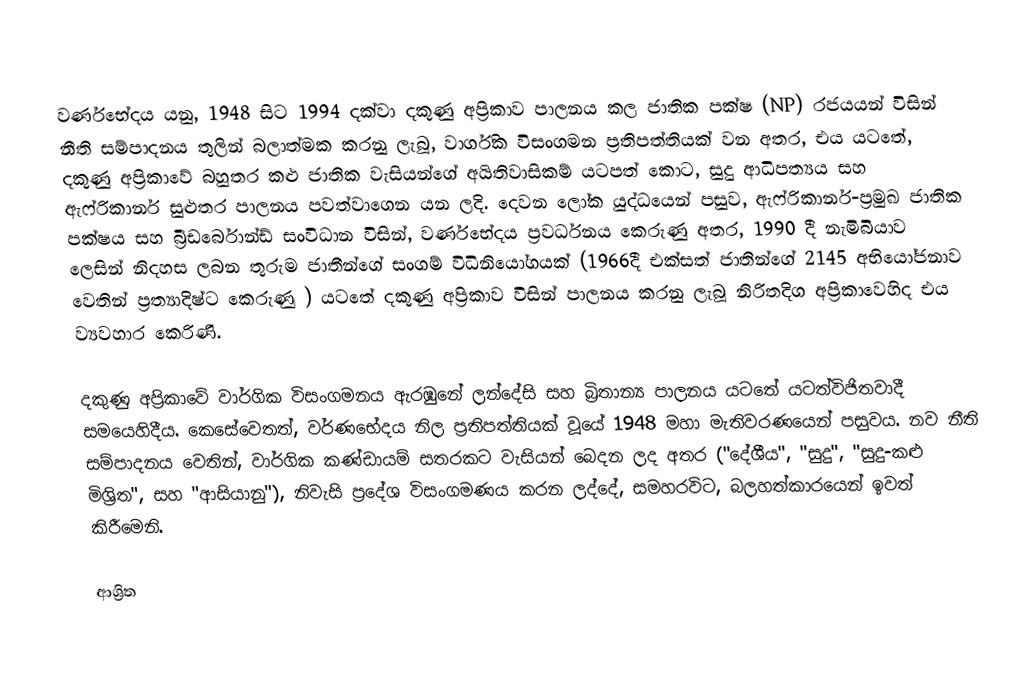
වර්ණභේදය යනු, 1948 සිට 1994 දක්වා දකුණු අප්‍රිකාව පාලනය කල ජාතික පක්ෂ (NP) රජයයන් විසින් නීති සම්පාදනය තුලින් බලාත්මක කරනු ලැබූ, වාර්ගික විසංගමන ප්‍රතිපත්තියක් වන අතර, එය යටතේ, දකුණු අප්‍රිකාවේ බහුතර කළු ජාතික වැසියන්ගේ අයිතිවාසිකම් යටපත් කොට,  සුදු ආධිපත්‍යය සහ ඇෆ්රිකානර් සුළුතර පාලනය පවත්වාගෙන යන ලදි. දෙවන ලෝක යුද්ධයෙන් පසුව, ඇෆ්රිකානර්-ප්‍රමුඛ ජාතික පක්ෂය සහ බ්‍රීඩර්බොන්ඩ් සංවිධාන විසින්, වර්ණභේදය ප්‍රවර්ධනය කෙරුණු අතර, 1990 දී නැමිබියාව ලෙසින්  නිදහස ලබන තුරුම  ජාතීන්ගේ සංගම් විධිනියෝගයක් (1966දී එක්සත් ජාතින්ගේ 2145 අභියෝජනාව වෙතින් ප්‍රත්‍යාදිෂ්ට කෙරුණු ) යටතේ දකුණු අප්‍රිකාව විසින් පාලනය කරනු ලැබූ නිරිතදිග අප්‍රිකාවෙහිද එය ව්‍යවහාර කෙරිණි.

දකුණු අප්‍රිකාවේ වාර්ගික විසංගමනය ඇරඹුනේ ලන්දේසි  සහ බ්‍රිතාන්‍ය පාලනය යටතේ යටත්විජිතවාදී සමයෙහිදීය. කෙසේවෙතත්, වර්ණභේදය නිල ප්‍රතිපත්තියක් වූයේ   1948 මහා මැතිවරණයෙන් පසුවය. නව නීති සම්පාදනය වෙතින්, වාර්ගික කණ්ඩායම් සතරකට වැසියන් බෙදන ලද අතර ("දේශීය", "සුදු", "සුදු-කළු මිශ්‍රිත", සහ "ආසියානු"), නිවැසි ප්‍රදේශ විසංගමණය කරන ලද්දේ, සමහරවිට, බලහත්කාරයෙන් ඉවත් කිරීමෙනි.

ආශ්‍රිත